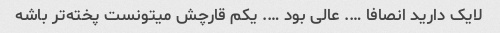
لایک دارید انصافا …. عالی بود …. یکم قارچش میتونست پخته‌تر باشه